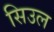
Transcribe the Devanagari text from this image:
सिउल